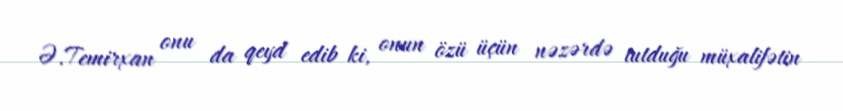
Ə.Temirxan onu da qeyd edib ki, onun özü üçün nəzərdə tutduğu müxalifətin